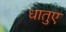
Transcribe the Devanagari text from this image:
धातुए